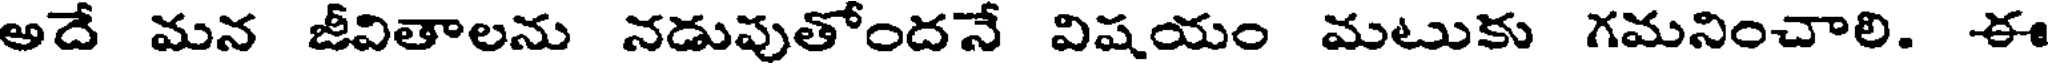
అదే మన జీవితాలను నడుపుతోందనే విషయం మటుకు గమనించాలి. ఈ